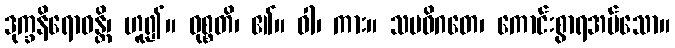
ဒုက္ခနိရောဓန္တိ၊ ဟူ၍။ ဝုစ္စတိ၊ ၏။ ဝါ၊ ကား။ သမဓိဂတေ၊ ကောင်းစွာရအပ်သော။